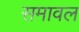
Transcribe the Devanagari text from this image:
समावल